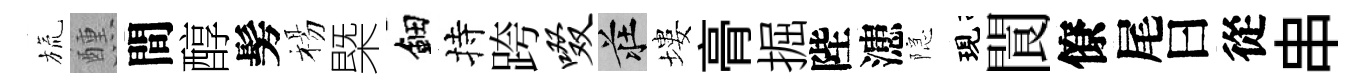
旒醺間醇髣楊槩鈿持跨啜莊塿𮌔掘陛漶隠現閬僚尾曰從串